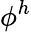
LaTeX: \phi^{h}